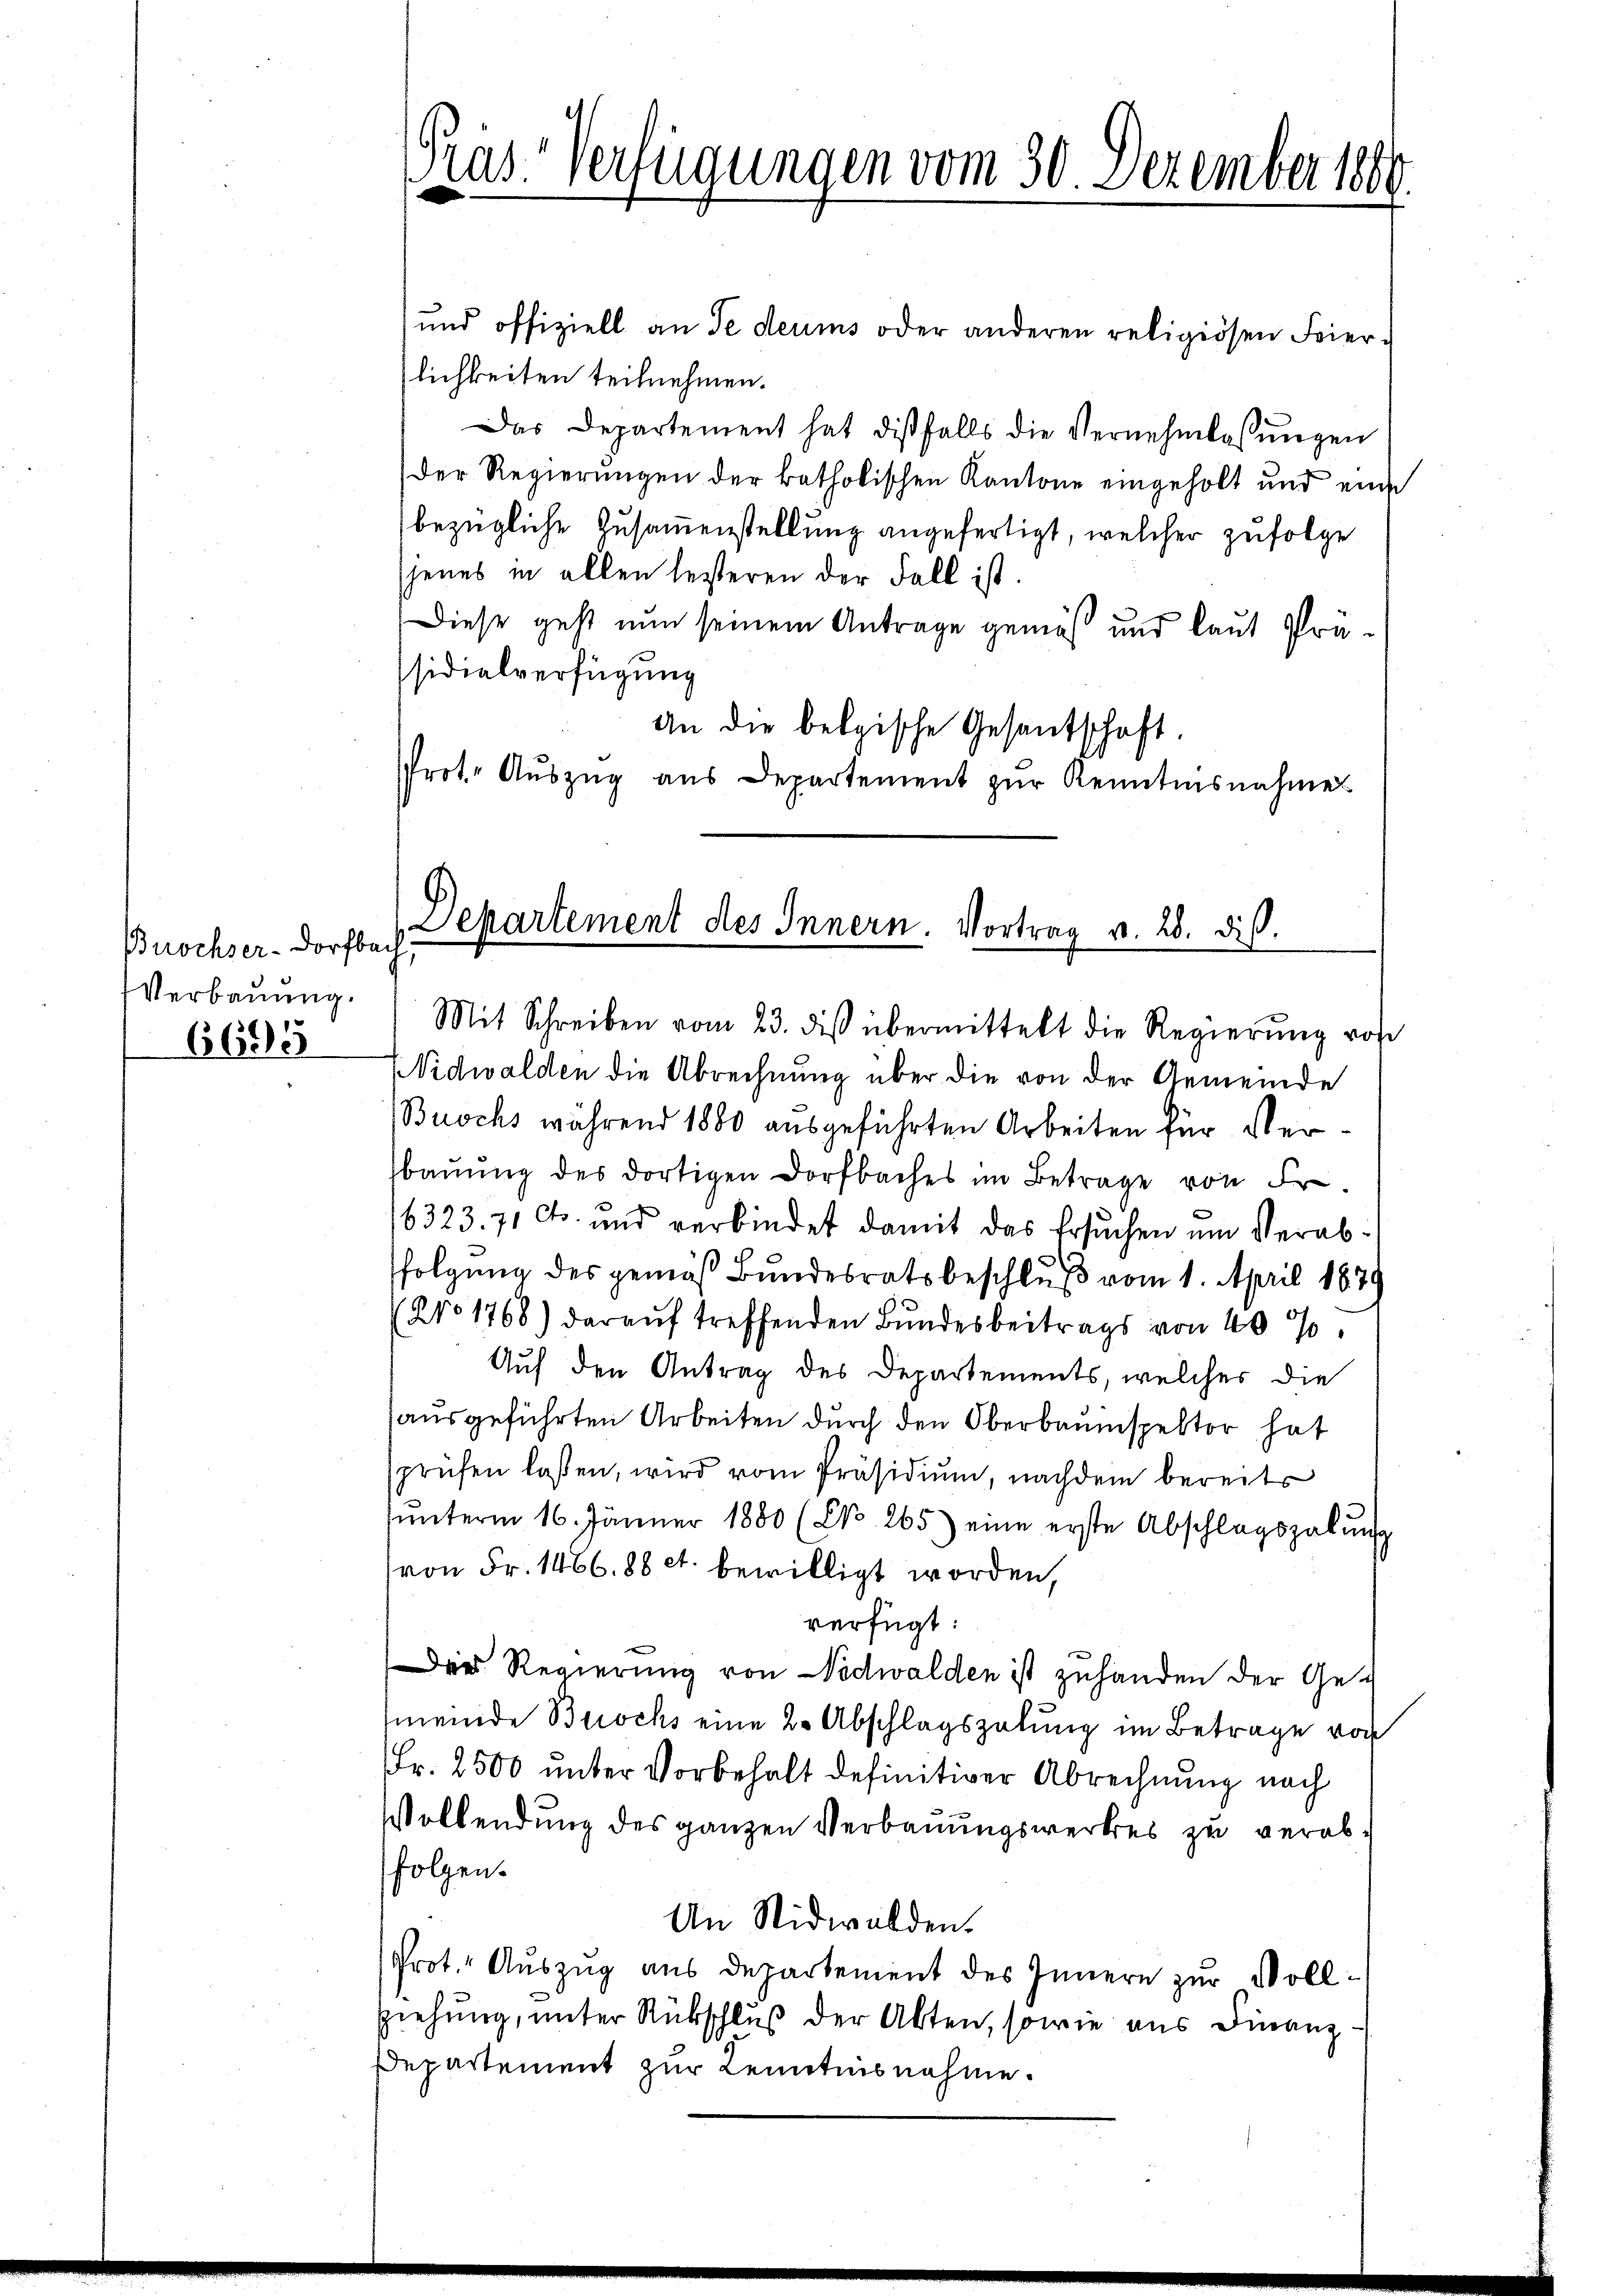
Buochser-Dorfbach
Verbauung.
6695

Präs. Verfügungen vom 30. Dezember 1881

und offiziell an de deums oder anderen religiösen Feier-
lichkeiten teilnehmen.
Das Departement hat dißfalls die Vernehmlassŭngen
Der Regierungen der katholischen Kantone eingeholt und eine
bezügliche Zusammenstellung angefertigt, welcher zufolge
jenes in allen leisteren der Fall ist.
Diese geht nun seinem Antrage gemäß und laut Prässidialverfügung
an die belgische Gesantschaft
Prot. Aŭszŭg aŭs Departement zŭr Kenntnisnahme

Departement des Innern. Vortrag v. 28. dis

Mit Schreiben vom 23. diβ übermittelt die Regierŭng von
Nidwalden die Abrechnung über die von der Gemeinde
Buochs während 1880 ausgeführten Arbeiten für Verbaŭŭng des dortigen Dorfbaches im Betrage von Fr.
16323. 71 Cts. und verbindet damit das Ersuchen um Verabfolgung des gemäß Bundesratsbeschluß vom 1. April 1879
(No 1768) darauf treffenden Bundesbeitrags von 40%
Auf den Antrag des Departements, welches die
ausgeführten Arbeiten durch den Oberbauinspektor hat
sprüfen laßen, wird vom Präsidiŭm, nachdem bereits
ŭnterm 16. Jänner 1880 (NNo. 265) eine erste Abschlagszabŭng
von Fr. 1466. 88 ct. bewilligt worden,
verfügt:
Das Regierung von Nidwalden ist zuhanden der Gemeinde Buchs eine 2. Abschlagszalung im Betrage von
Fr. 2500 unter Vorbehalt definitiver Abrechnung nach
Vollendung des ganzen Verbauungswerkes zu verabfolgen.
An Nidwalden.
Prot. Auszug aus Departement des Innern zur Vollziehung, unter Rückschluß der Akten, sowie aus Finanz-
Departement zur Kenntnisnahme.